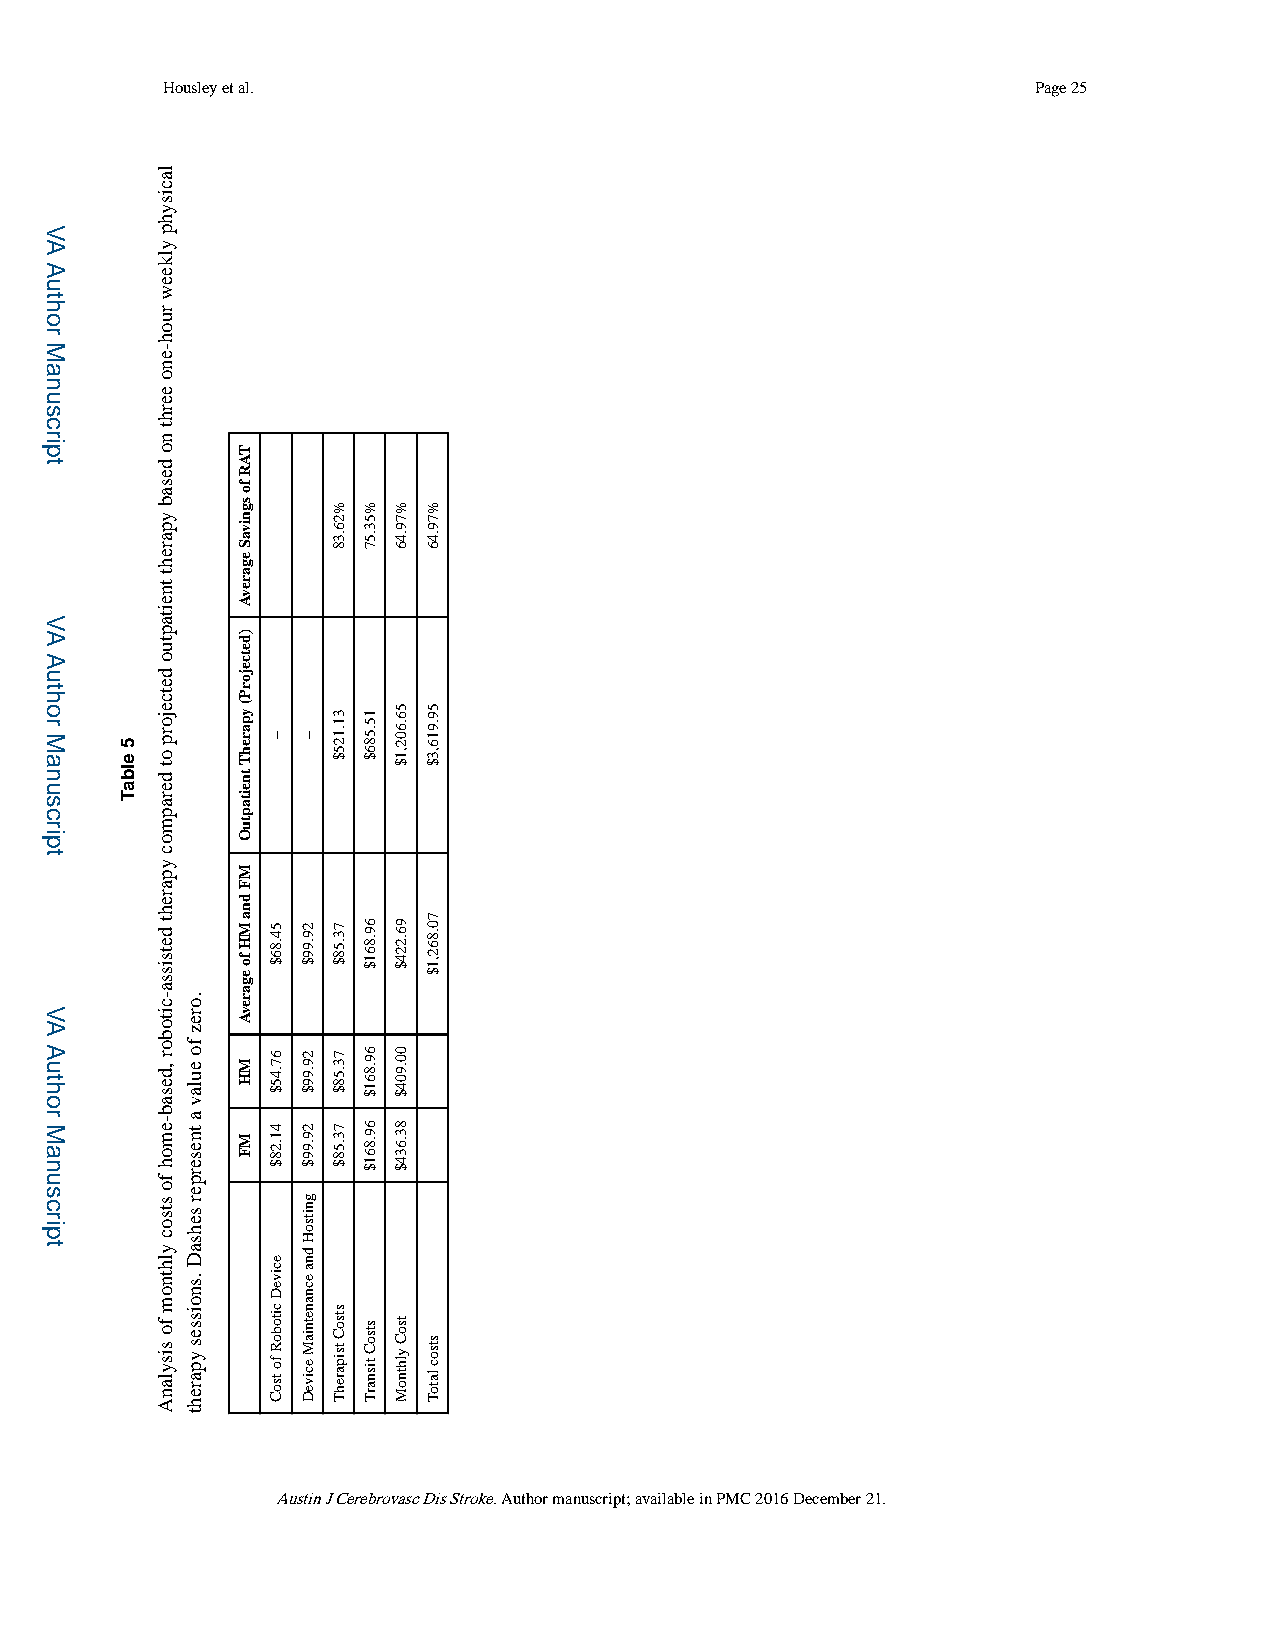
Housley et al.                                           Page 25
 Austin J Cerebrovasc Dis Stroke. Author manuscript; available in PMC 2016 December 21.
 VA
 Author
 Manuscript
 VA
 Author
 Manuscript
 VA
 Author
 Manuscript
 5
 elbaT
 lacisyhp
 ylkeew
 ruoh-eno
 eerht
 no
 desab
 ypareht
 tneitaptuo
 detcejorp
 ot
 derapmoc
 ypareht
 detsissa-citobor
 ,desab-emoh
 fo
 stsoc
 ylhtnom
 fo
 sisylanA
 .orez
 fo
 eulav
 a
 tneserper
 sehsaD
 .snoisses
 ypareht
 TAR
 fo
 sgnivaS
 egarevA
 )detcejorP(
 yparehT
 tneitaptuO
 MF
 dna
 MH
 fo
 egarevA
 MH
 MF
 –
 54.86$
 67.45$
 41.28$
 eciveD
 citoboR
 fo
 tsoC
 –
 29.99$
 29.99$
 29.99$
 gnitsoH
 dna
 ecnanetniaM
 eciveD
 %26.38
 31.125$
 73.58$
 73.58$
 73.58$
 stsoC
 tsiparehT
 %53.57
 15.586$
 69.861$
 69.861$
 69.861$
 stsoC
 tisnarT
 %79.46
 56.602,1$
 96.224$
 00.904$
 83.634$
 tsoC
 ylhtnoM
 %79.46
 59.916,3$
 70.862,1$
 stsoc
 latoT